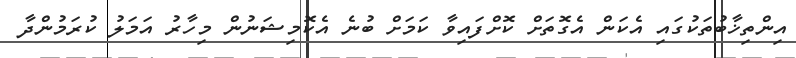
އިންތިޚާބުތަކުގައި އެކަން އެގޮތަށް ކޮށްފައިވާ ކަމަށް ބުނެ އެކޮމިޝަނުން މިހާރު އަމަލު ކުރަމުންދާ